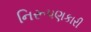
નિરૂપણકારી